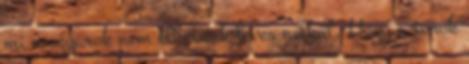
mi magyarok nem élhetünk leves nélkül. Hogy a torok